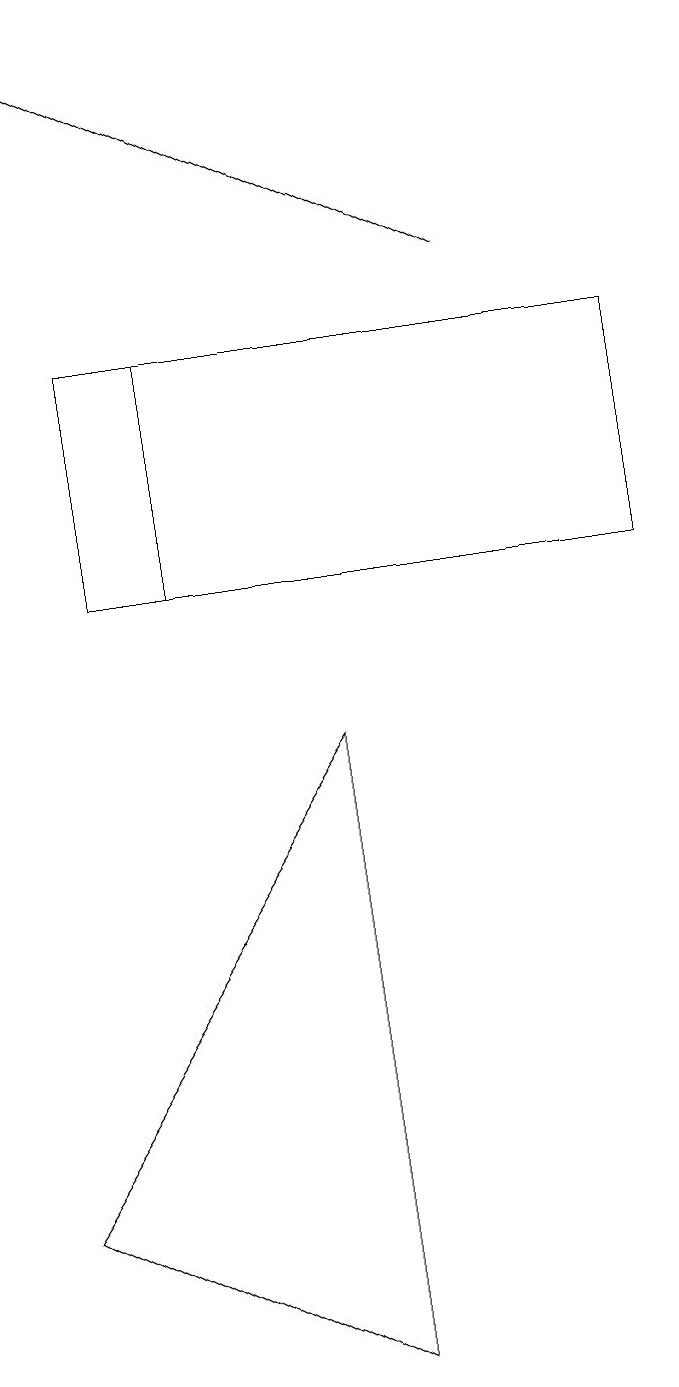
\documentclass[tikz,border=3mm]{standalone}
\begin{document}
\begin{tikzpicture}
\draw (0,2) -- (4,0) -- (4,8) -- cycle;
\draw (0,13) rectangle (0,17);
\draw[->] (6,14) -- (0,17);
\draw (2,10) rectangle (1,13);
\draw (1,13) rectangle (8,10);
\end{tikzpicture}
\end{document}